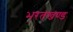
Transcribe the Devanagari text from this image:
भरतखण्ड